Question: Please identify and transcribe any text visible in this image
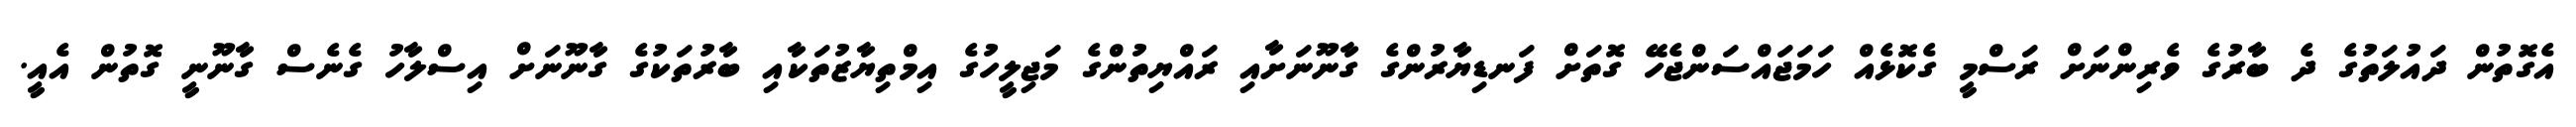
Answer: އެގޮތުން ދައުލަތުގެ ދެ ބާރުގެ ވެރިންނަށް ރަސްމީ ގެކޮޅެއް ހަމަޖައްސަންޖެހޭ ގޮތަށް ފަނޑިޔާރުންގެ ގާނޫނަށާއި ރައްޔިތުންގެ މަޖިލީހުގެ އިމްތިޔާޒުތަކާއި ބާރުތަކުގެ ގާނޫނަށް އިސްލާހު ގެނެސް ގާނޫނީ ގޮތުން އެއީ.